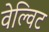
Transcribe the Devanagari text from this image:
वेल्विट